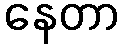
နေတာ